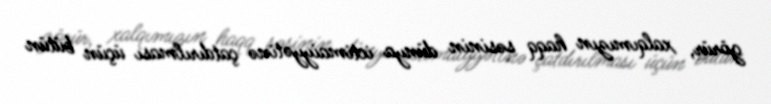
görür, xalqımızın haqq səsinin dünya ictimaiyyətinə çatdırılması üçün bütün